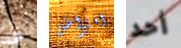
شئ افتراض أحد